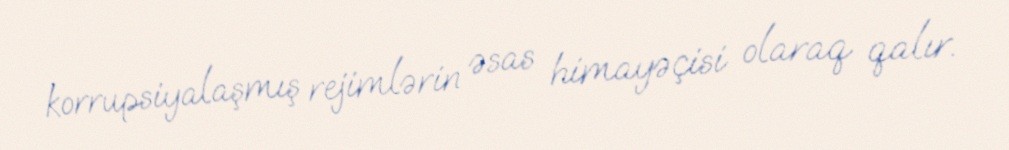
korrupsiyalaşmış rejimlərin əsas himayəçisi olaraq qalır.